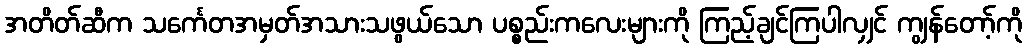
အတိတ်ဆီက သင်္ကေတအမှတ်အသားသဖွယ်သော ပစ္စည်းကလေးများကို ကြည့်ချင်ကြပါလျှင် ကျွန်တော့်ကို